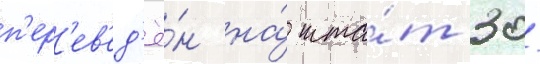
п'ер'ев'ед'ё́н на́ шта́т 30/